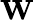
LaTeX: \mathbf{W}